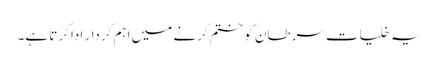
یہ خلیات سرطان کو ختم کرنے میں اہم کردار ادا کرتا ہے۔